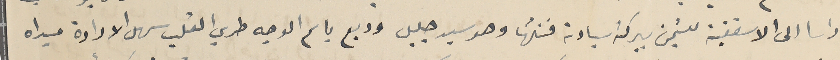
راسا الى الاسقفية للتيمن ببركة سيادته فنلتها وهو سيد جليل وديع باسم الوجه طري القلب سهل الارادة مبداه